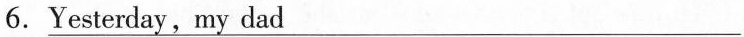
6.\underline{Yesterday,my dad}